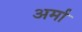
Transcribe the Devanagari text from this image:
अर्मा